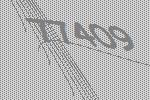
77409